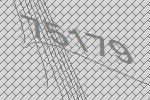
75179